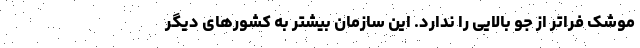
موشک فراتر از جو بالایی را ندارد. این سازمان بیشتر به کشورهای دیگر